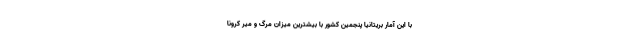
با این آمار بریتانیا پنجمین کشور با بیشترین میزان مرگ و میر کرونا